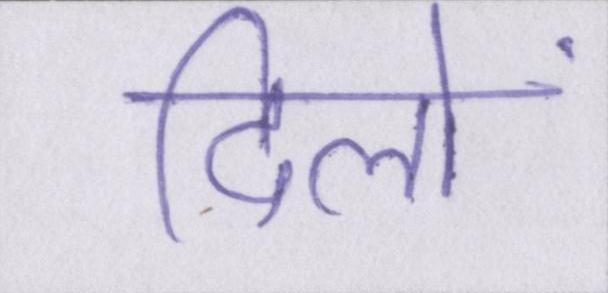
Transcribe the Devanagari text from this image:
दिलों